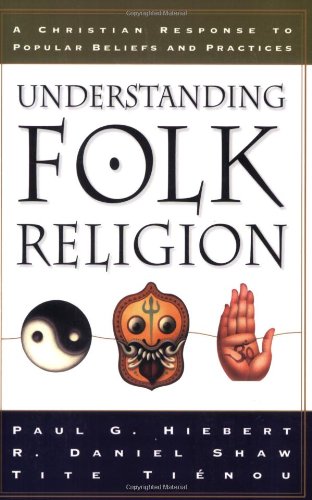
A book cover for Understanding Folk Religion: A Christian Response to Popular Beliefs and Practices; Paul G. Hiebert; Literature & Fiction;